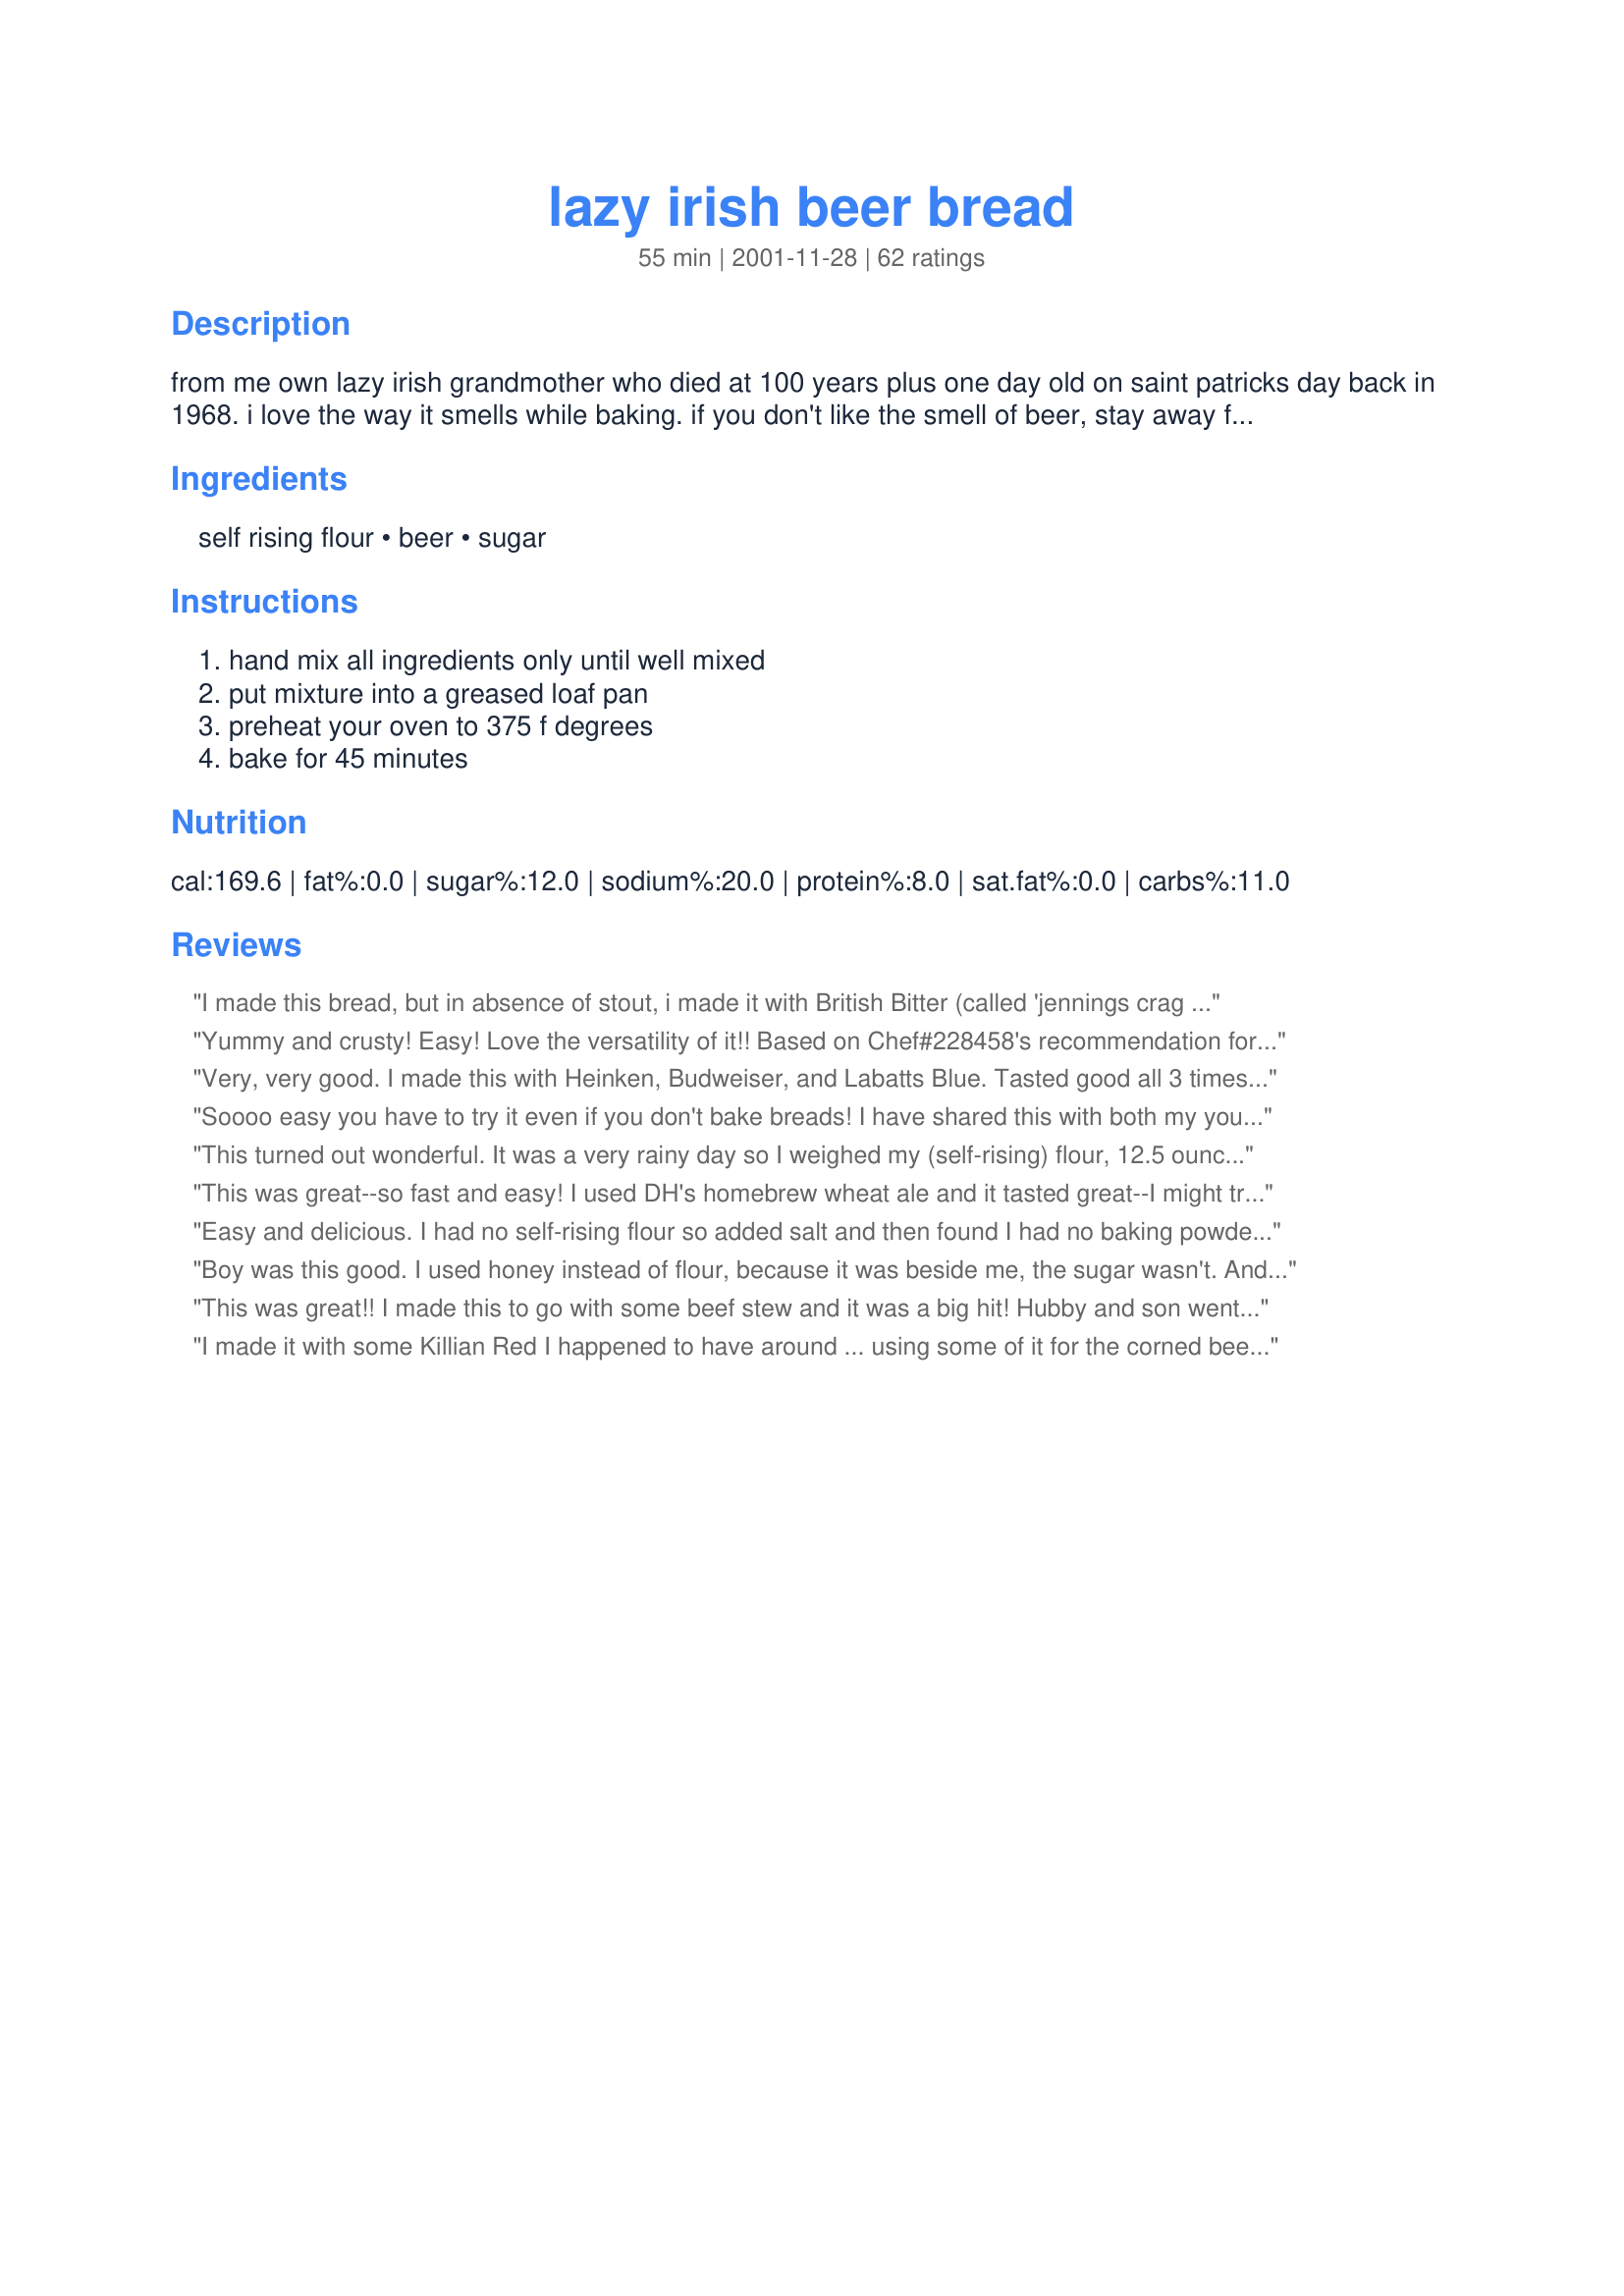
lazy irish beer bread
Preparation time: 55 minutes

from me own lazy irish grandmother who died at 100 years plus one day old on saint patricks day back in 1968. i love the way it smells while baking. if you don't like the smell of beer, stay away from it. i also like that you can add it to an oven being used to make something else like a chicken etc. if the other item being baked or roasted requires 325f, just add an extra 10 minu

Ingredients:
self rising flour, beer, sugar

Steps:
hand mix all ingredients only until well mixed, put mixture into a greased loaf pan, preheat your oven to 375 f degrees, bake for 45 minutes

Reviews:
I made this bread, but in absence of stout, i made it with British Bitter (called 'jennings crag rat' from cumbria, and made in a German frieds with 'Hofbrau' from Berlin. Both exceptional. an excellent recipe
Yummy and crusty! Easy! Love the versatility of it!! Based on Chef#228458's recommendation for Top Favorites of 2008 Game I made this recipe. I sifted AP flour through a mesh strainer, used Dos Equix Amber beer, and added 1/2 teaspoon of dried basil to batter which was inadequate amount of basil. We spread honey butter on ours, and served with ham soup. Adding this to my 375 degree collection plus my other oven collections. Thanks Len for sharing. Made for Top Favorites of 2008 tag.
Very, very good. I made this with Heinken, Budweiser, and Labatts Blue. Tasted good all 3 times. Chewy - good with soup. Love this easy recipe.
Soooo easy you have to try it even if you don't bake breads! I have shared this with both my young daughters, family and friends....tasty and a great aroma when you cut the loaf that must be experienced in your kitchen :-)
This turned out wonderful. It was a very rainy day so I weighed my (self-rising) flour, 12.5 ounces = 2 1/2 Cups. I used an extra pale pilsner (Rolling Rock). I realized I had left my trusted loaf pan at our beach house, so I had to use a very &quot;tinny&quot; loaf pan. I was afraid the bottom of the bread may burn with the pan I had, so I decided to bake it on an insulated sheet pan. After 30 minutes, I brushed about 3 Tablespoons of melted butter over the top. I baked and additional 15 - 18 minutes and it was a beautiful loaf of bread. Very light, not overly dense at all. I served it along side of http://kittencalskitchen.com/2009/10/09/ground-beef-and-barley-soup/ and Holy Cow, it was a comfort meal from heaven. Even though I do not like a stout or dark beer, DH does. Next time I make this I will used a beer such as Guinness and serve with a proper Irish stew. I will also fore-go the butter (or use a lesser amount of unsalted butter)for a more sweet bread(maybe a little more sugar as well?). I can&#039;t wait to make this again using a darker beer! I&#039;m looking forward to morning to toast it, slather it with butter and jam, with a nice cup of English Breakfast tea to go with. Humm, maybe a midnight snack... Thanks Len, for sharing this recipe...
This was great--so fast and easy! I used DH's homebrew wheat ale and it tasted great--I might try a more malty beer next time, and there will be a next time! This would be fab with chili!!! Thanks for the keeper!
Easy and delicious. I had no self-rising flour so added salt and then found I had no baking powder, so I used baking soda and a little vinegar as directed on the internet (baking powder substitutes). It rose just fine. I also added about 3/4 cup raisins, which really made it good. I found the beer a bit bitter, as I used Deschutes Mirror Pond ale. Next time I will try with lager or stout, or add cheddar cheese and sage or green onions, instead of raisins. I spread this with butter and honey, serve with tea. Sooo good.
Boy was this good. I used honey instead of flour, because it was beside me, the sugar wasn't. And I added a teaspoon of olive oil. It turned out very soft and light. I used Bud Ice in the bottle, and it came out very yeasty flavoured. If you don't like a strong beer flavour I would not suggest going darker. Also this tastes like yeast bread not a sweet quick bread. Had I not added the extra moisture with the honey and the oil, this probably would make a good sandwich bread. Update: After being refrigerated overnight it was denser, and would make a great sandwich bread.
This was great!! I made this to go with some beef stew and it was a big hit! Hubby and son went back for seconds. I used Blue Moon and increased the sugar to 3 tablespoons. I'll definitely make this again. Thanks for posting it, Len!
I made it with some Killian Red I happened to have around ... using some of it for the corned beef, of course ... and this bread is YUMMY!!! And SO easy. I'll definitely be making this again. I think I'll try honey instead of sugar next time.
Wonderful Bread. So fast and easy. DH and I have all ready eaten half of the loaf. I just used Miller Lite and made as directed. Thanks Len. Made for the Best of 2009 Cookbook Swap.
Wonderfully tasty & easy to make. I'll be making this one often.
There really isn't anything I can add that has not already been said. This is so super easy and delicious. I'll be making this often. Thanks for sharing.
WOW is this good, simple to make and the possibilities are endless with all the beers out there (definitely get something GOOD). It is really nice to enjoy fresh baked bread without the hassle. Thank you for sharing this recipe. Tip: Serve with #134781 for a real stunner.
This is fast, fresh and so simple! I finally got around to making this and I&#039;m happy I tried it. It was super quick and easy to produce such a tasty loaf of bread (who doesn&#039;t have 5 or 10 minutes for prep?). The crust was really good, and the inside was soft and flavourful. I made this exactly as directed with 2 1/2 cups of self-rising flour and 2 Tbsp. sugar blended together , then I added 1-1/2 cups of Guinness stout. With a silicone spatula, the batter came together in seconds and pulled cleanly away from the bowl. Even though it&#039;s a somewhat gooey batter, it was a nice clean job. It was transferred into a buttered, non-stick loaf pan and exactly 45 minutes later at 375F, I immediately spread some butter on top after taking out of the oven. It was perfection.I&#039;m glad your Irish Grandmother was so lazy! Thanks so much for posting this keeper, Len.
You can't get much easier than this! I didn't have self-rising flour, so followed recipe #5247, but I found the bread to be quite salty. I will cut that back to 3/4 tsp next time but the ratio of baking powder at 1 1/2 tsp. per cup of flour seemed perfect. Other than that, the bread was a huge hit. I will make this again, and look forward to trying different beers for different flavors.
What an easy loaf to make. I thought I'd added too much beer as it was quite a 'wet' mixture, but it was perfect. We had it with real butter-- sooooooo good! I brushed the top with a little butter about 10 minutes before taking out of the oven. That gave it a nice crust. Thank you Len, I'll be making this a lot and will try different beers too.
I made this for our family St. Patrick&#039;s Day dinner. It was soooooooo easy to make. Everyone loved it! I am not a huge beer fan (shhhh, don&#039;t tell St. Paddy) &amp; used Guiness Stout which was way too &#039;stout&#039; for my taste. Will definately make this bread over &amp; over but will probably use a much milder beer. :)
I cannot believe how easy and delicious this recipe is. We had it with our St. Patrick's Day dinner and it is fantastic. I had the last piece for breakfast this morning, toasted in the toaster with a little butter. Bless your grandmother for this recipe Len, and to you for posting it. I have already passed the link to the recipe along to a few friends and family members.
The person who said "nothing worthwhile comes easily" obviously hadn't made THIS BREAD!! So EASY. SO TASTY! I would recommend doubling the beer though - for Step 5 not listed - "'kick back and relax on the couch as your delicious bread cooks".. it IS lazy irish beer bread after all and the recipe is so simple that you have time! Thanks so much for sharing! MMmmmm it is great toasted with hot butter too :)
this is by far the easiest bread ive ever made. could use more flavor, i used bud lite, maybe next time ill use something with more taste! thanks for the recipe!
Great recipe! My mom had a beer bread mix from Taste of Home and I loved it, however she would not buy anymore because it was so expensive. I decided to look for a recipe as I was sure it could be made at home for much less. I was right. We prefer our bread a little sweeter to offset the slight bitter taste from the beer and baking powder, so I double the sugar.
Delicious and really easy to make! I used a Budweiser and it was just perfect. I will definitely do it again and I will try with a different beer. Thanks for sharing!
worked great. so fast. i ran out of my normal bread ingredients and needed it for breakfast in the morning. i used a belgiun christmas beer.
And to think, I was buying this stuff from Tastefully Simple! This bread is awesome. The men love having this on hand during their favorite game.
My husband did not like the bitter taste that the bread had, even though it was a slight taste, but I found it to be delicious made into french toast the next morning, I used cinnamon, nutmeg, 2 eggs, 1 tbs. vanilla extract & 1 tbs. of sugar (splenda) and dipped the bread on both sides and pan fried, it was delicious! And with margarine & apricot preserves it was also very good. I think if there was a way to do it, I'm no good at changing recipes to my taste, but it could make a great spice or fruited bread ( sweet bread ) and maybe instead of beer make it with your favorite wine & some fruit bits? I'm still playing with this idea. It was very easy to make. Thanks for the recipe. cc
This bread was fantastic. Made two loafs and it disappeared.
This was excellent! I used Rolling Rock because that's what we had in the house. I didn't have any self-rising flour, so I added baking powder and salt to my all purpose flour, as one reviewer suggested. I drizzled a little bit of melted butter over top the baking bread about half way through baking time. So good! I won't be buying any more beer bread mixes ... No need! This is just as good (if not better) and much cheaper to make.
"Simply brilliant, so it is!" So easy, and yes, voted as very tasty by everyone at the dinner table tonight: young and old alike. (Tip: Don't have self-rising flour? l(Look-up how to make your own. It's a snap, too!)
I made this with Guinness Draught and it was awesome. Super easy!
The first taste was a slight sweet flavor, then came a slight bitterness caused by the Guinness which made the bread really rich. The crumb is dense and moist. The crust is just perfect, not too thick, not too thin and not too hard with an appealing brown color. 
This bread will be made many times throughout the year at our house. Thanks for a wonderful, easy recipe!
We LOVE this recipe! We use it regularly, have tried lots of different beer and it gives a slightly different flavor, so use what smells good. Tonight...we're trying it with corn bread self rising flour-should be interesting!
This isn't the prettiest bread, but it sure was good! I just used Bud Light. Didn't want to get into my hubby's stash of good beer until I decided if it was worth it. I'll try something even better next time and see if it is even tastier. It just has a hint of beer flavor and smell, kind of like when you fry something in a beer batter. Great texure. And you can't beat how easy this is! Even the dough tasted good before it was baked. Served with Honey Butter. Also great plain, fresh out of the oven and room temp the next day.
I&#039;ve made this recipe many times and it never disappoints! Since I don&#039;t usually have any self-rising flour, I add 1 tsp. of salt and 2.5 tsp. baking powder as suggested by another reviewer, and it comes out perfect every time.
I've been making beer-bread for years, but never added sugar to it. The sugar made a very good difference!
Next time you make it, try adding herbs like thyme or a pinch of rosemary. Seeds like celery seeds or caraway are great, too! Thanks for the sugar-tip! Terry
This came out fantastic. Great crust, fluffy inside. Made it with 1/5 whole wheat four and 11.2 oz of Guinness. Will make again!
Awesome!!! I have been buying "Tastefully Simple" Beer Bread mix for years and this taste the exact same. I even used the recipe for "self rising flour" as I don't usually buy it. It turned out great. I added a couple of tablespoons of melted butter to the top of the wet dough before cooking and it was great!
Wow. This bread is tasty, cheap AND easy...could you ask for anything more??
We made this for St. Patty's Day dinner and we liked it. It is a very dense bread but when we slathered it in butter it didn't matter. I agree with other reviewers, that when you slice the bread the smell is divine. Thank you for sharing.
Made this for St. Paddy's day to go with dinner...certainly wasn't enough. Incredibly easy, fluffy, and moist. A perfect bread. Who needs packaged yeast? I don't...
I baked this tonight for dinner and it came out perfect! The taste was fantastic. Thanks so much for this recipe!!
This was delicious. We used Bud Light because it is our favorite. Delicious!
We really liked this. I was originally starting out to make Beer Bread Recipe #73440, but there were a lot of complaints with that one being too heavy and too sweet; so after comparing other recipes to it, I decided to go with this one, which essentially adjusts those concerns - uses less flour, less sugar.<br/><br/>I didn't have self-rising flour, so I had to add 1 tsp of salt and 2.5 tsp baking powder. I sifted the flour directly into the measuring cup, so as to avoid it being packed at all; and the bread was light and fluffy, actually closer in texture to a yeast bread than a quick bread. <br/><br/>When adding the beer to the dry ingredients, the rising action began immediately; so I quickly stirred it just enough to get everything moistened. It was fun to watch, as the bread actually rose while the oven was preheating - would've risen further had I given it a few more minutes, which I will next time. <br/><br/>Bread was light textured inside, slightly crusty outside, about the same sweetness as any white bread (i.e. not noticeably sweet), smelled/tasted slightly of beer but so slightly that no one knew there was beer in it until I told them. <br/>It was a bit crumbly when cutting, difficult to get a a perfect slice; but that's the case with most of my breads :^) so that really wasn't an issue for us. I think we liked this bread at least as well as many homemade yeast breads - and given the level of effort involved, no contest. <br/><br/>Read more: http://www.food.com/recipe/lazy-irish-beer-bread-14988#ixzz1HD0ITxVi
This was the 1st time I made beer bread. This recipe was a breeze and the turn out was amazing. I brushed melted butter over the loaves 10 minutes before bread was done. The butter added a beautiful color to the bread as well as more flavor. I used Sam Adams boston lagar beer and it tasted wonderful. I will be making this alot!
This bread was awesome!! We used Harps beer not on purpose, but more on accident (it was on sale at the store)!! When I first took this bread out of the oven I thought I had over cooked it, as it was hard, but after it cooled and sat a little bit it softened up and tasted amazing!! I will never buy a beer bread mix again...this is so simple and much cheaper :)
I am pretty sure this is the easiest thing I have ever made to put in the oven. And it was absolutely fabulous. Next time maybe I will play around with different beer, but it was great with Bud Light. Thanks so much
Yummy and oh so easy!!! I'm not good at making bread, but this one is fail proof! I will definitely be making this again.
This is awesome! I used Yuengling Black and Tan, and the flavor absolutely came through--yum! I couldn't bring myself to "waste" a Guinness LOL. I love that I could throw it together while my pot of soup simmered. I used 1 c AP flour, 1 c ww flour, and 1 c oat flour to add tooth and fiber. This is absolutely a keeper! Thanks 4 posting!
I didn't know how this would work, but tried it anyway and am so glad I did. It does smell very beery while cooking! I can see lots of beers working in this and many different pairings. Thanks for sharing!
Loved this! Excellent. Super easy. Nice crusty and dense and soft in the middle. When eating, the first taste I got was of salt on the crust, then just a hint of bitterness from the guiness. The 'dough' was more of a thick thick batter. The loaf was a nice dark, rough surface. Made it the next day with an irish cream ale and that was good too. I think I'm hooked!
A brilliant bread - tastes fabulous (San Miguel gave it a very mediterranean flavour). The mixture is very sticky and like some others did I brushed it with butter while it was cooking. Well received by the family too.
I love this easy recipe! It makes a nice loaf of bread.
Very easy to make, great taste. Great bread on a budget with minimal ingredients.
Fantastic. We don't even like beer but we loved these (including the kids!) Very sweet and with the sweetness of beer. A sweet sweet bread that is light, moist and substantial all that the same time.

I made them into muffins, because I didn't have a loaf pan. They came out perfectly (just remember to grease the tin first). They are terrific with chedder or mozerella (or a mix) and probably would be with other cheeses as well. Perhaps that could be baked into the bread. 

The kids enjoyed making it and husband was shocked that bread could be so simple. 

This would be great (as muffins) as a party appitizer, for a sports game or even for the beer conasours in your life.

Thank you, delicious!
This was very good. I made my own flour mix with half whole wheat flour, baking powder and salt (I don't have self-rising). I used Guiness, which was great, but to strong for my girls- so now I will try it with LaBatt's -because I can't get anyone to drink it anyway.
I can't rate this because it could be something I did. Didn't have self-rising flour so used recipe#5247 a recipe for self rising flour, perhaps my baking powder was old. Used room temp. Guiness Draught, the bread was heavy and didn't hardly rise. Will try it again, with either self rising flour or a new can of baking powder. Used kosher salt for the salt but really doubt that would have been the problem, very anxious to try again!
Super simple for a non-baker like me. I prepared this to serve with Recipe #14537. I didn't have the proper dark beer on hand, but my bread was still dense and delicious. Warm with butter was awesome.
This was an easy-to-make and super delicious bread. I made this alongside Recipe #229170 tonight, and we couldn't decide which one we liked better. I made my own self-rising flour by adding 1 1/2 teaspoons baking powder and 1/2 teaspoon salt per one cup all-purpose flour. I used an 11.2 oz. bottle of Guinness Draught, and the flavor of the beer really shined through-it was SO yummy. This is a great recipe. Thanks so much for posting it!
Absolutely easy and delicious. I made it with a bottle of Guiness, so it was pretty brown, but still appetizing. Everyone enjoyed it and it didn't smell too bad when baking. Thanks!
delicious and soooo easy. thank you. I used black butte porter. very nice rich flavor.
I figured a bread so easy would be too good to be true, but this is the real deal! Start to finish in less than an hour and very tasty! We served this alongside Emerald Green Punch, Corned Beef and Cabbage in Guinness, and Dublin Coddle. Thanks!
Great recipe, took me about 10 minutes from start to finish - including making my own self-rising flour using recipe #5247. brushed it with butter and sprinkled it with kosher salt the last 10 minutes of baking time. whipped up some honey butter - and the loaf didn't last til dinner. i used labats lite and like the flavor, but i have some polish beer received as agift - gonna' try that next time. this is a winner.
I didn't want to rate this yet as it may have been my fault. I had to make my own self-rising flour (fresh ingredients), and used a very lively bottle of Wells Bombardier lager (UK) - so I doubt that it was a matter of ingredients. The batter was the consistency of a cream soup, and after 1 hour, the inside was just a congealed mess. Don't know where I went wrong.
